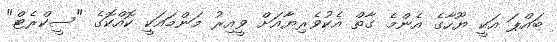
ބައްޕަ އަކީ ޔޫހާގެ އެންމެ ގާތް އެކުވެރިޔާއަށް ވީއިރު މަންމައަކީ ކޮއްކޮގެ "ސީކްރެޓް"